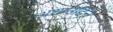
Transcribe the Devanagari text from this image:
अशाउद्दिन